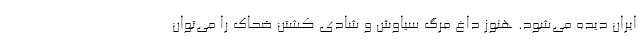
ایران دیده می‌شود. هنوز داغ مرگ سیاوش و شادی کشتن ضحاک را می‌توان